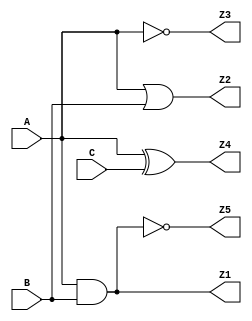
module combinational_logic (
    input wire A,      // Input A
    input wire B,      // Input B
    input wire C,      // Input C
    output wire Z1,    // Output Z1 (A AND B)
    output wire Z2,    // Output Z2 (A OR B)
    output wire Z3,    // Output Z3 (NOT A)
    output wire Z4,    // Output Z4 (A XOR C)
    output wire Z5     // Output Z5 (A NAND B)
);

// Functionality Specification
// Z1 = A AND B
assign Z1 = A & B;

// Z2 = A OR B
assign Z2 = A | B;

// Z3 = NOT A
assign Z3 = ~A;

// Z4 = A XOR C
assign Z4 = A ^ C;

// Z5 = A NAND B
assign Z5 = ~(A & B);

// Timing Constraints (not implemented in Verilog, typically handled in synthesis tools)
// Propagation delays and timing constraints should be defined in the synthesis tool settings.

// Power Consumption Analysis
// Power consumption is typically analyzed using synthesis tools and simulation.
// Consider using low-power logic families or gate sizing during physical design.

// Testing Criteria
// Test vectors can be defined in a testbench (not included here).
// Example test vectors:
// A B C | Z1 Z2 Z3 Z4 Z5
// 0 0 0 |  0  0  1  0  1
// 0 0 1 |  0  0  1  1  1
// 0 1 0 |  0  1  1  0  1
// 0 1 1 |  0  1  1  1  1
// 1 0 0 |  0  1  0  1  1
// 1 0 1 |  0  1  0  0  1
// 1 1 0 |  1  1  0  1  0
// 1 1 1 |  1  1  0  0  0

endmodule